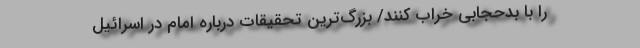
را با بدحجابی خراب کنند/ بزرگ‌ترین تحقیقات درباره امام در اسرائیل